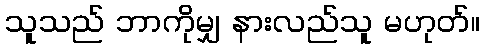
သူသည် ဘာကိုမျှ နားလည်သူ မဟုတ်။